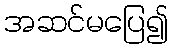
အဆင်မပြေ၍